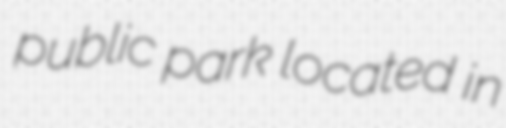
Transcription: public park located in